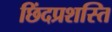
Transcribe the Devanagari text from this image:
छिंदप्रशस्ति